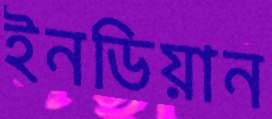
ইনডিয়ান